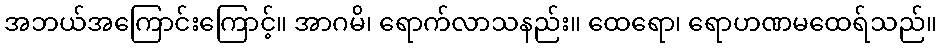
အဘယ်အကြောင်းကြောင့်။ အာဂမိ၊ ရောက်လာသနည်း။ ထေရော၊ ရောဟဏမထေရ်သည်။